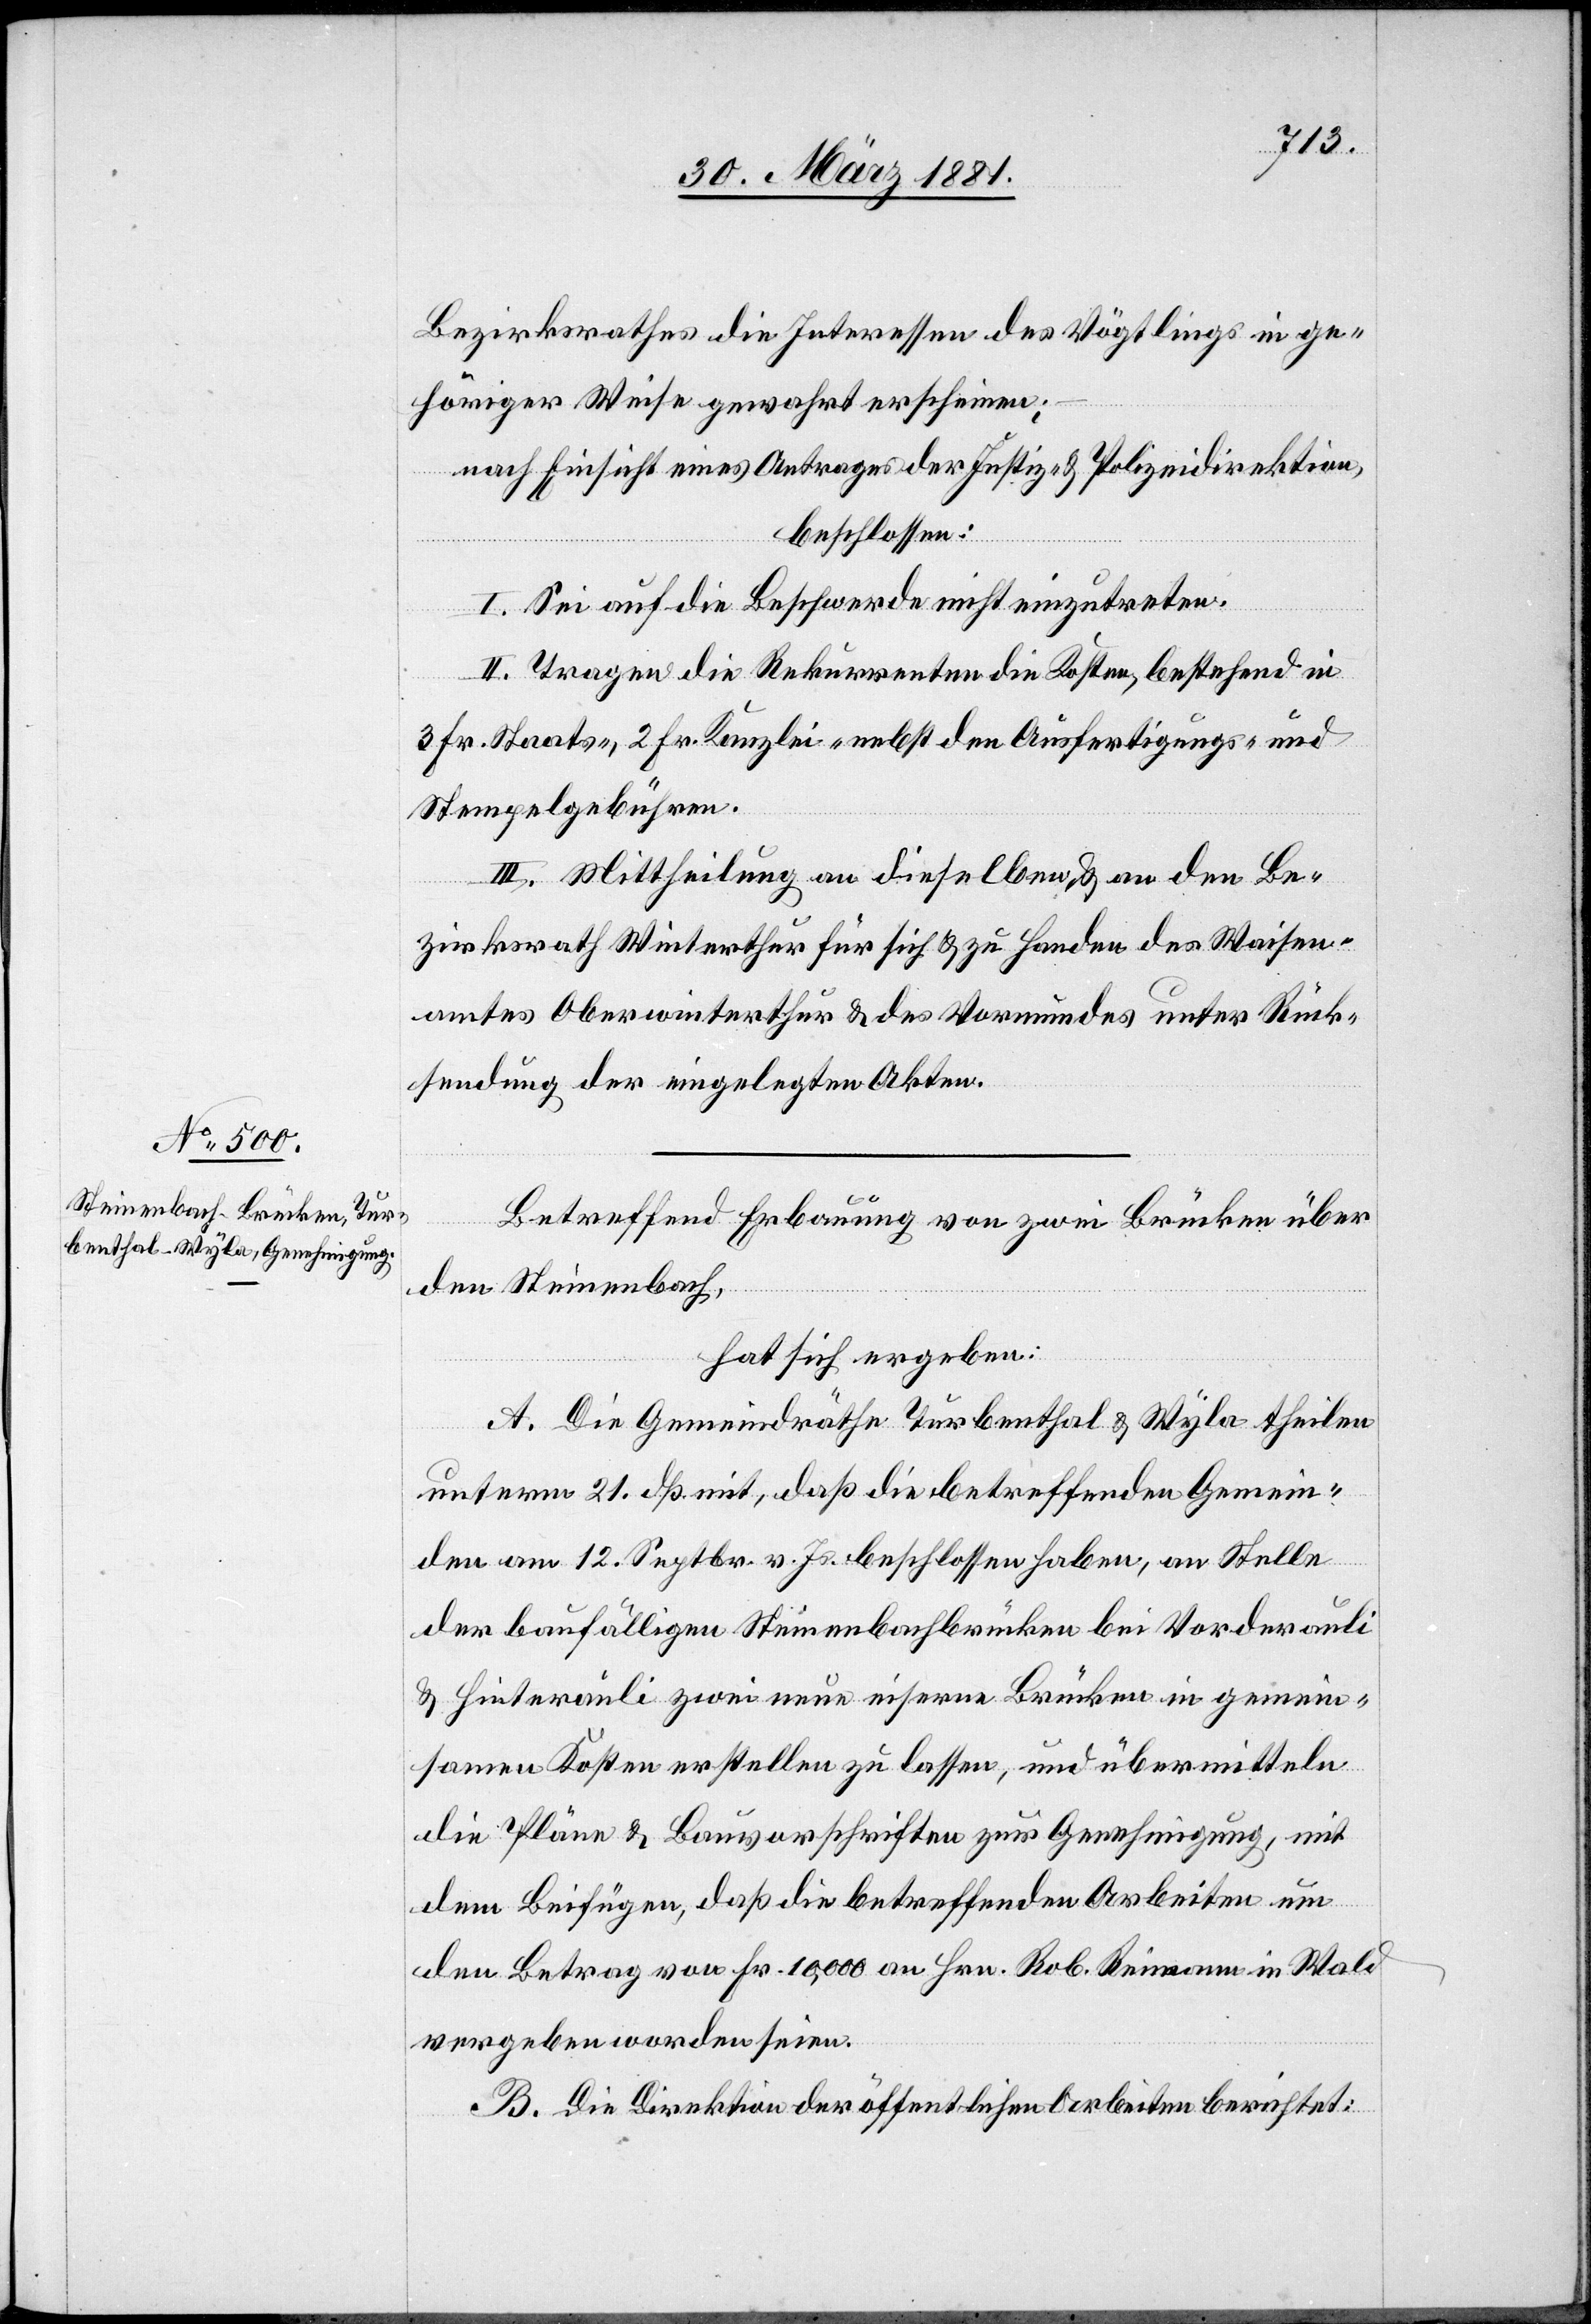
Betreffend Erbauung von zwei Brücken über
den Steinenbach,
hat sich ergeben:
A. Die Gemeindräthe Turbenthal & Wyla theilen
unterm 21. dß. mit, daß die betreffenden Gemein¬
den am 12. Septbr. v. Js. beschlossen haben, an Stelle
der baufälligen Steinenbachbrücken bei Vorderauli
& Hinterauli zwei neue eiserne Brücken in gemein¬
samen Kosten erstellen zu lassen, und übermitteln
die Pläne & Bauvorschriften zur Genehmigung, mit
dem Beifügen, daß die betreffenden Arbeiten um
den Betrag von Fr. 10,000 an Hrn. Reimann in Wald
vergeben worden seien.
B. Die Direktion der öffentlichen Arbeiten berichtet: